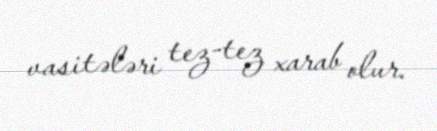
vasitələri tez-tez xarab olur.